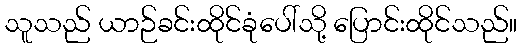
သူသည် ယာဉ်ခင်းထိုင်ခုံပေါ်သို့ ပြောင်းထိုင်သည်။